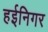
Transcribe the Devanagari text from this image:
हईनिगर